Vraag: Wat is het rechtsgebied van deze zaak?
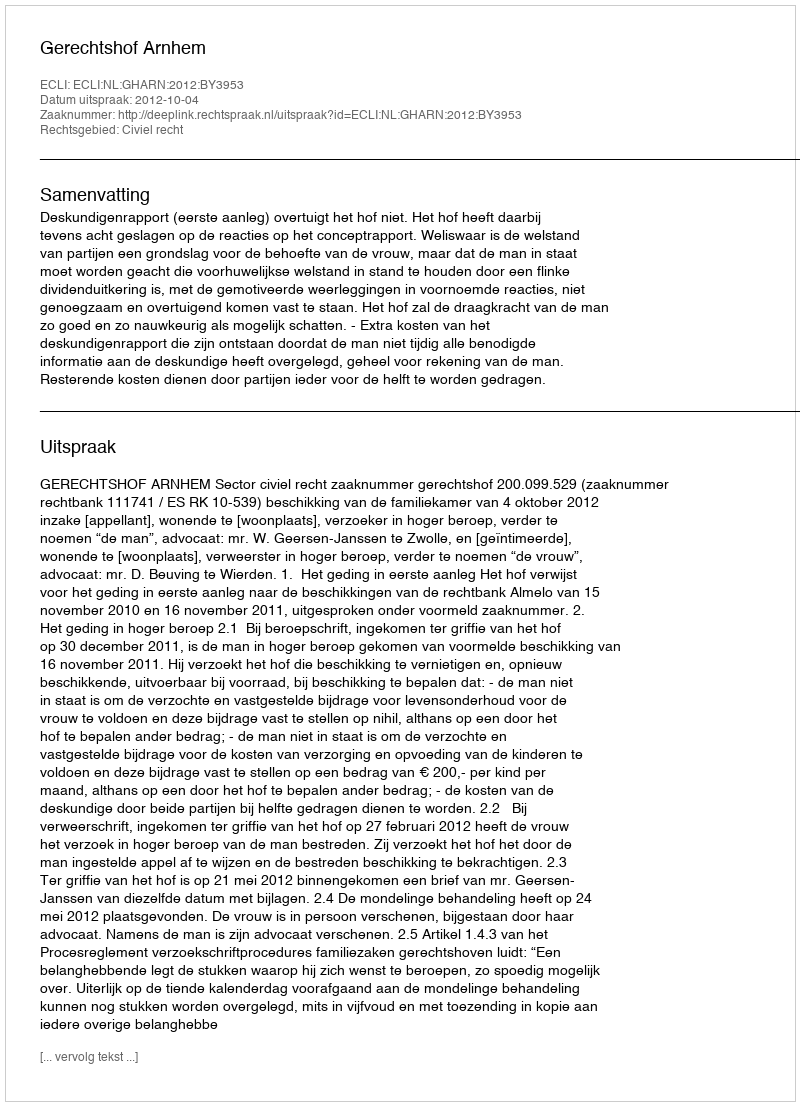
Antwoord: Civiel recht